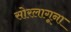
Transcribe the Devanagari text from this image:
सोरलागूना